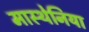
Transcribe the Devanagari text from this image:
मास्थेनिया